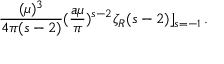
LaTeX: \frac { ( \mu ) ^ { 3 } } { 4 \pi ( s - 2 ) } ( \frac { a \mu } { \pi } ) ^ { s - 2 } { \zeta } _ { R } ( s - 2 ) \rfloor _ { s = - 1 } \, .